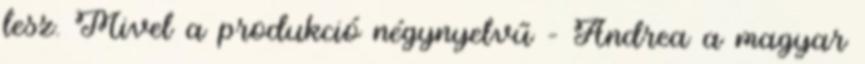
lesz. Mivel a produkció négynyelvű – Andrea a magyar